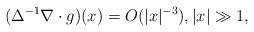
LaTeX: \begin{align*} (\Delta^{-1} \nabla \cdot g)(x) = O(|x|^{-3}), |x|\gg 1,\end{align*}